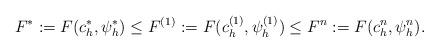
LaTeX: \begin{align*} F^{*}:=F(c^*_h,\psi^*_h)\leq F^{(1)}:=F(c^{(1)}_h,\psi^{(1)}_h)\leq F^n:=F(c^n_h,\psi^n_h). \end{align*}